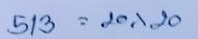
513 = 20x20